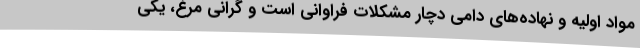
مواد اولیه و نهاده‌های دامی دچار مشکلات فراوانی است و گرانی مرغ، یکی